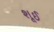
શૂઈ